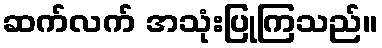
ဆက်လက် အသုံးပြုကြသည်။